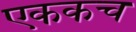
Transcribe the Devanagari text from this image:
एककच